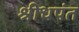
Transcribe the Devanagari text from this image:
श्रीधपंत